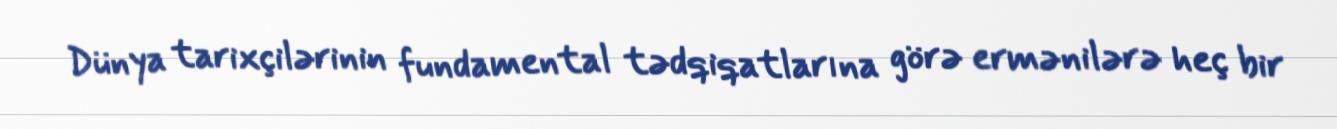
Dünya tarixçilərinin fundamental tədqiqatlarına görə ermənilərə heç bir